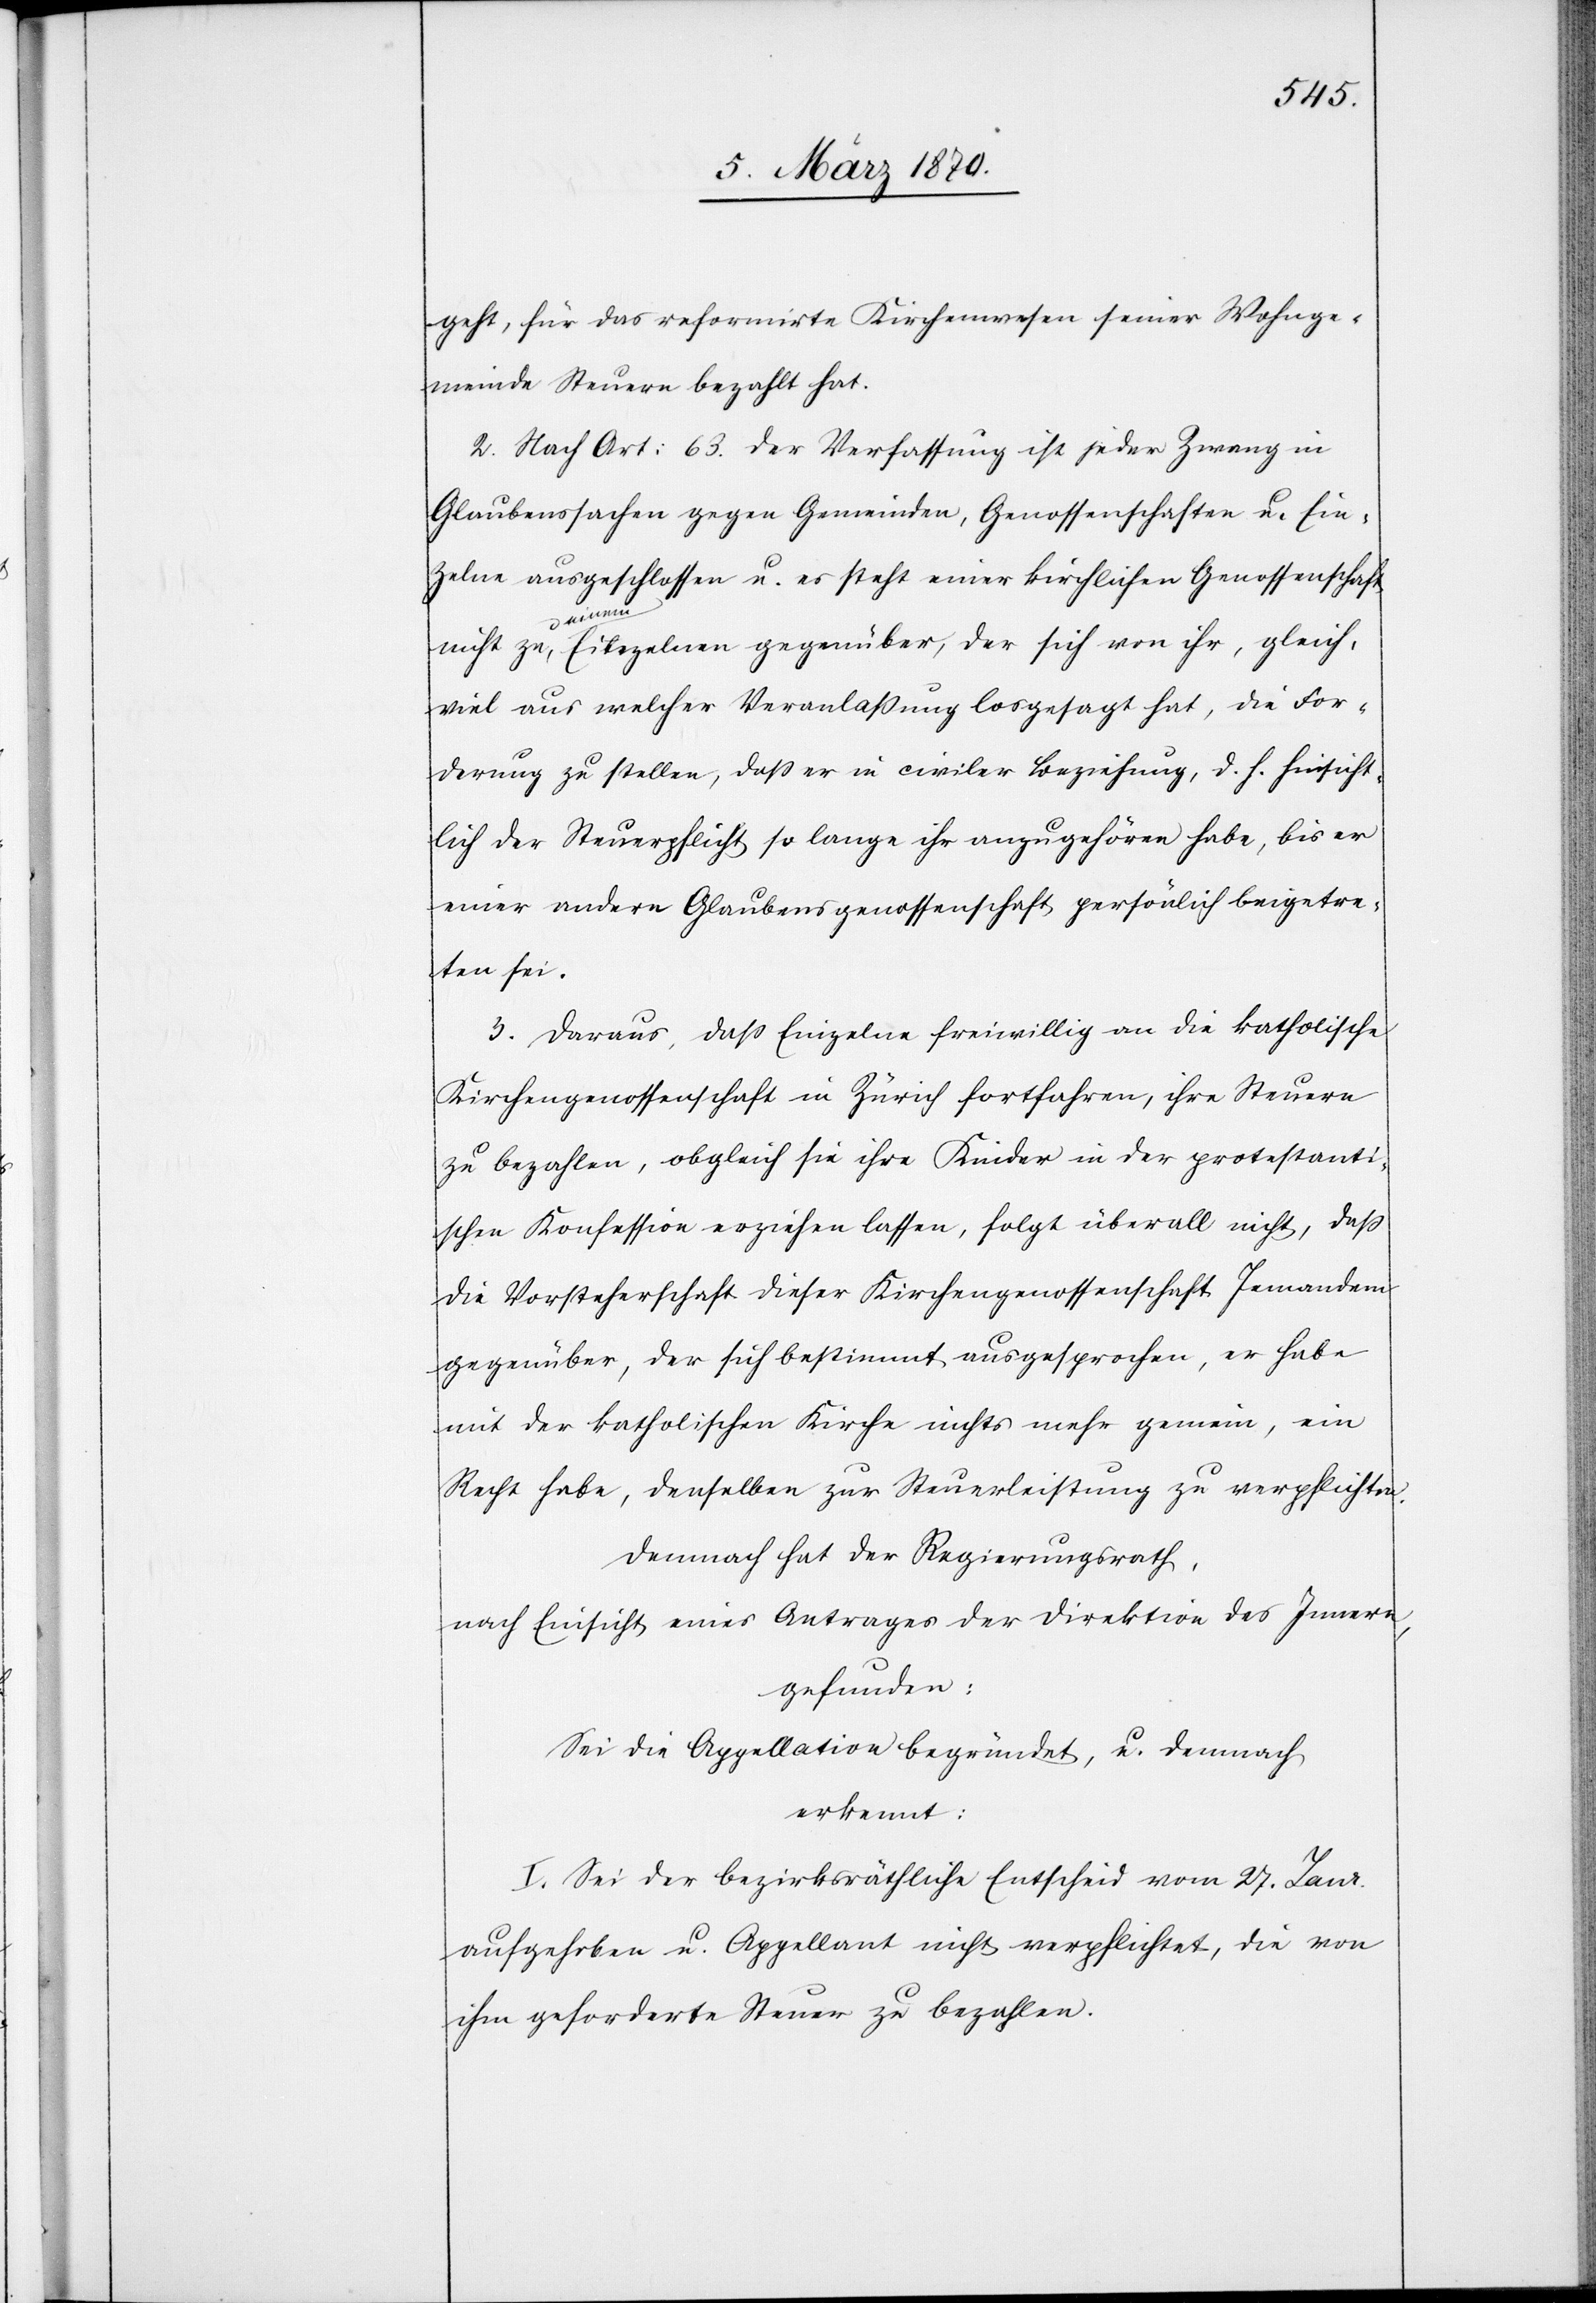
geht, für das reformirte Kirchenwesen seiner Wohnge¬
meinde Steuern bezahlt hat.
2. Nach Art: 63. der Verfassung ist jeder Zwang in
Glaubenssachen gegen Gemeinden, Genossenschaften u. Ein¬
zelne ausgeschlossen u. es steht einer kirchlichen Genossenschaf¬
zu, a-ei¬
nem-a Einzelnen gegenüber, der sich von ihr, gleich¬
viel aus welcher Veranlaßung losgesagt hat, die For¬
derung zu stellen, daß er in civiler Beziehung, d. h. hinsicht¬
lich der Steuerpflicht so lange ihr anzugehören habe, bis er
einer andern Glaubensgenossenschaft persönlich beigetre¬
ten sei.
3. Daraus, daß Einzelne freiwillig an die katholische
Kirchengenossenschaft in Zürich fortfahren, ihre Steuern
zu bezahlen, obgleich sie ihre Kinder in der protestanti¬
schen Konfession erziehen lassen, folgt überall nicht, daß
die Vorsteherschaft dieser Kirchengenossenschaft Jemandem
gegenüber, der sich bestimmt ausgesprochen, er habe
mit der katholischen Kirche nichts mehr gemein, ein
Recht habe, denselben zur Steuerleistung zu verpflichten.
Demnach hat der Regierungsrath,
nach Einsicht eines Antrages der Direktion des Innern,
gefunden:
Sei die Appellation begründet, u. demnach
erkennt:
I. Sei der bezirksräthliche Entscheid vom 27. Janr.
aufzuheben u. Appellant nicht verpflichtet, die von
ihm geforderte Steuer zu bezahlen.